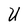
Character: U